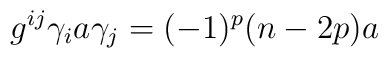
g^{ij}\gamma_{i}a\gamma_{j}=(-1)^{p}(n-2p)a